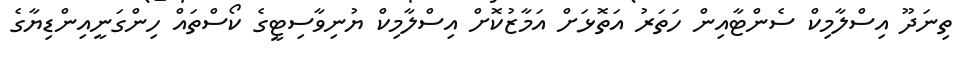
ތިނަދޫ އިސްލާމިކް ސެންޓާއިން ހަތަރު އަތޮޅަށް އަމާޒުކޮށް އިސްލާމިކް ޔުނިވާސިޓީގެ ކޯސްތައް ހިންގަނީއިންޑިޔާގެ